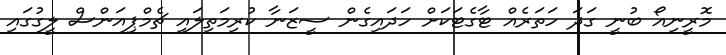
މޮރީނިއޯ ބުނީ ގަދަ ހަތަރެއް ޓާގެޓަކަށް ހަދައިގެން ސީޒަނާ ކުރިމަތިލައި ޗެމްޕިއަންސް ލީގުގައި